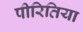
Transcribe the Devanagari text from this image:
पीरितिया